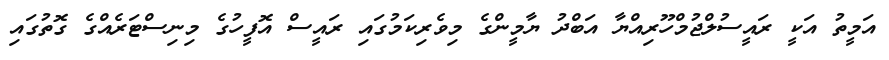
އަމީތު އަކީ ރައީސުލްޖުމްހޫރިއްޔާ އަބްދު ޔާމީންގެ މިވެރިކަމުގައި ރައީސް އޮފީހުގެ މިނިސްޓަރެއްގެ ގޮތުގައި